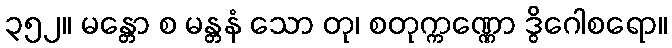
၃၅၂။ မန္တော စ မန္တနံ သော တု၊ စတုက္ကဏ္ဏော ဒွိဂေါစရော။